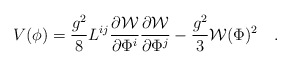
\begin{align*}V(\phi) = \frac{g^2}{8} L^{ij}\frac{\partial {\cal W}}{\partial\Phi^i}\frac{\partial {\cal W}}{\partial\Phi^j} -\frac{g^2}{3}{\cal W}(\Phi)^2\quad .\end{align*}